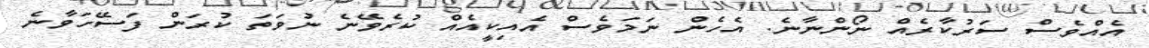
އެއްވެސް ސަރުކާރެއް ނޯންނާނެ. އެހެން ނަމަވެސް އެއިކީއެއްް ކުރެވޭނެ ނުވަތަ ކުރަން ފަސޭހަވާނެެ